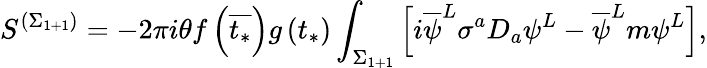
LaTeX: S^{\left(\Sigma_{1+1}\right)}=-2\pi i\theta f\left(\overline{{{t_{*}}}}\right)g\left(t_{*}\right)\int_{\Sigma_{1+1}}\left[i\overline{{{\psi}}}^{L}\sigma^{a}D_{a}\psi^{L}-\overline{{{\psi}}}^{L}m\psi^{L}\right],